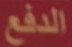
الدفع